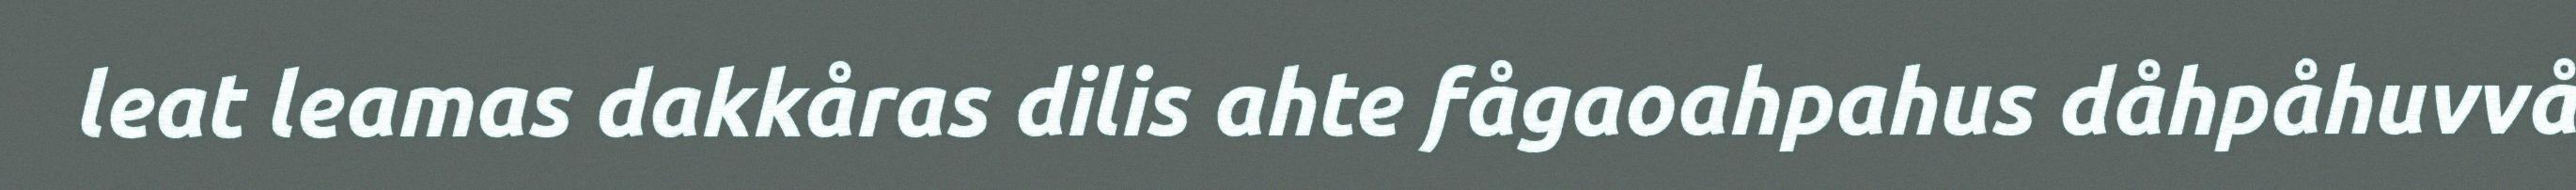
leat leamas dakkåras dilis ahte fågaoahpahus dåhpåhuvvå